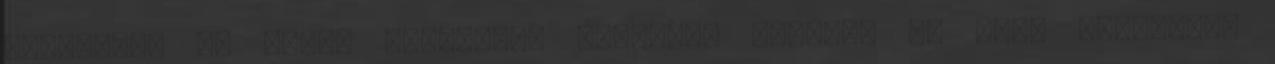
tervezett és külső forrásból származó bevétel az éves tervezett